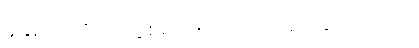
ခုနှစ်အထိ ပြိုင်ပွဲစုံမှာ (၅)ပွဲသာကစားခဲ့ရပါတယ်။